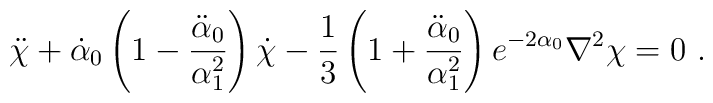
\ddot{\chi}+ \dot{\alpha}_0 \left(1 -\frac{\ddot{\alpha}_0}{\alpha_1^2} \right) \dot{\chi}-\frac{1}{3}\left(1+\frac{\ddot{\alpha}_0}{\alpha_1^2}\right) e^{- 2 \alpha_0} \nabla^2 \chi =0 \ .